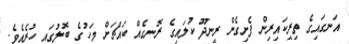
އަނގައިގެ ތިރީކައިރިން ފެށިގެން ރީނދޫ ކުލައިގެ ރޮނގެއް ކައްޗަށް މަހުގެ ބޮލުގައި ހުރެއެވެ.